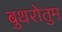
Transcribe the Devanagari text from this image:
बुथरोतुम